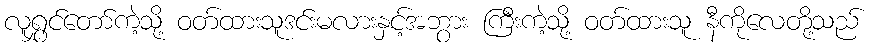
လူရွှင်တော်ကဲ့သို့ ဝတ်ထားသူဒင်းမလားနှင့်အဘွား ကြီးကဲ့သို့ ဝတ်ထားသူ နီကိုလေတို့သည်